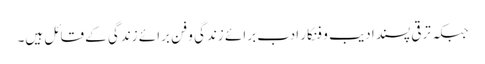
جبکہ ترقی پسند ادیب و فنکار ادب برائے زندگی و فن برائے زندگی کے قائل ہیں۔